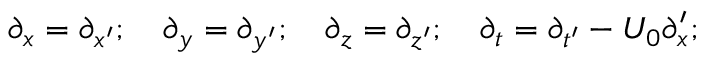
\partial _ { x } = \partial _ { x ^ { \prime } } ; ~ ~ ~ \partial _ { y } = \partial _ { y ^ { \prime } } ; ~ ~ ~ \partial _ { z } = \partial _ { z ^ { \prime } } ; ~ ~ ~ \partial _ { t } = \partial _ { t ^ { \prime } } - U _ { 0 } \partial _ { x } ^ { \prime } ;